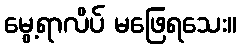
မွေ့ရာလိပ် မဖြေရသေး။